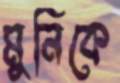
মুনিকে